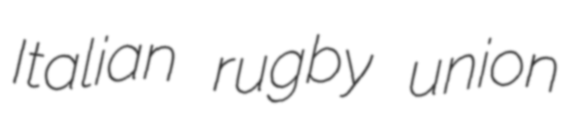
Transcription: Italian rugby union